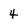
Character: 4